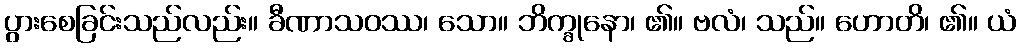
ပွားစေခြင်းသည်လည်း။ ခီဏာသဝဿ၊ သော။ ဘိက္ခုနော၊ ၏။ ဗလံ၊ သည်။ ဟောတိ၊ ၏။ ယံ